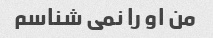
من او را نمی شناسم